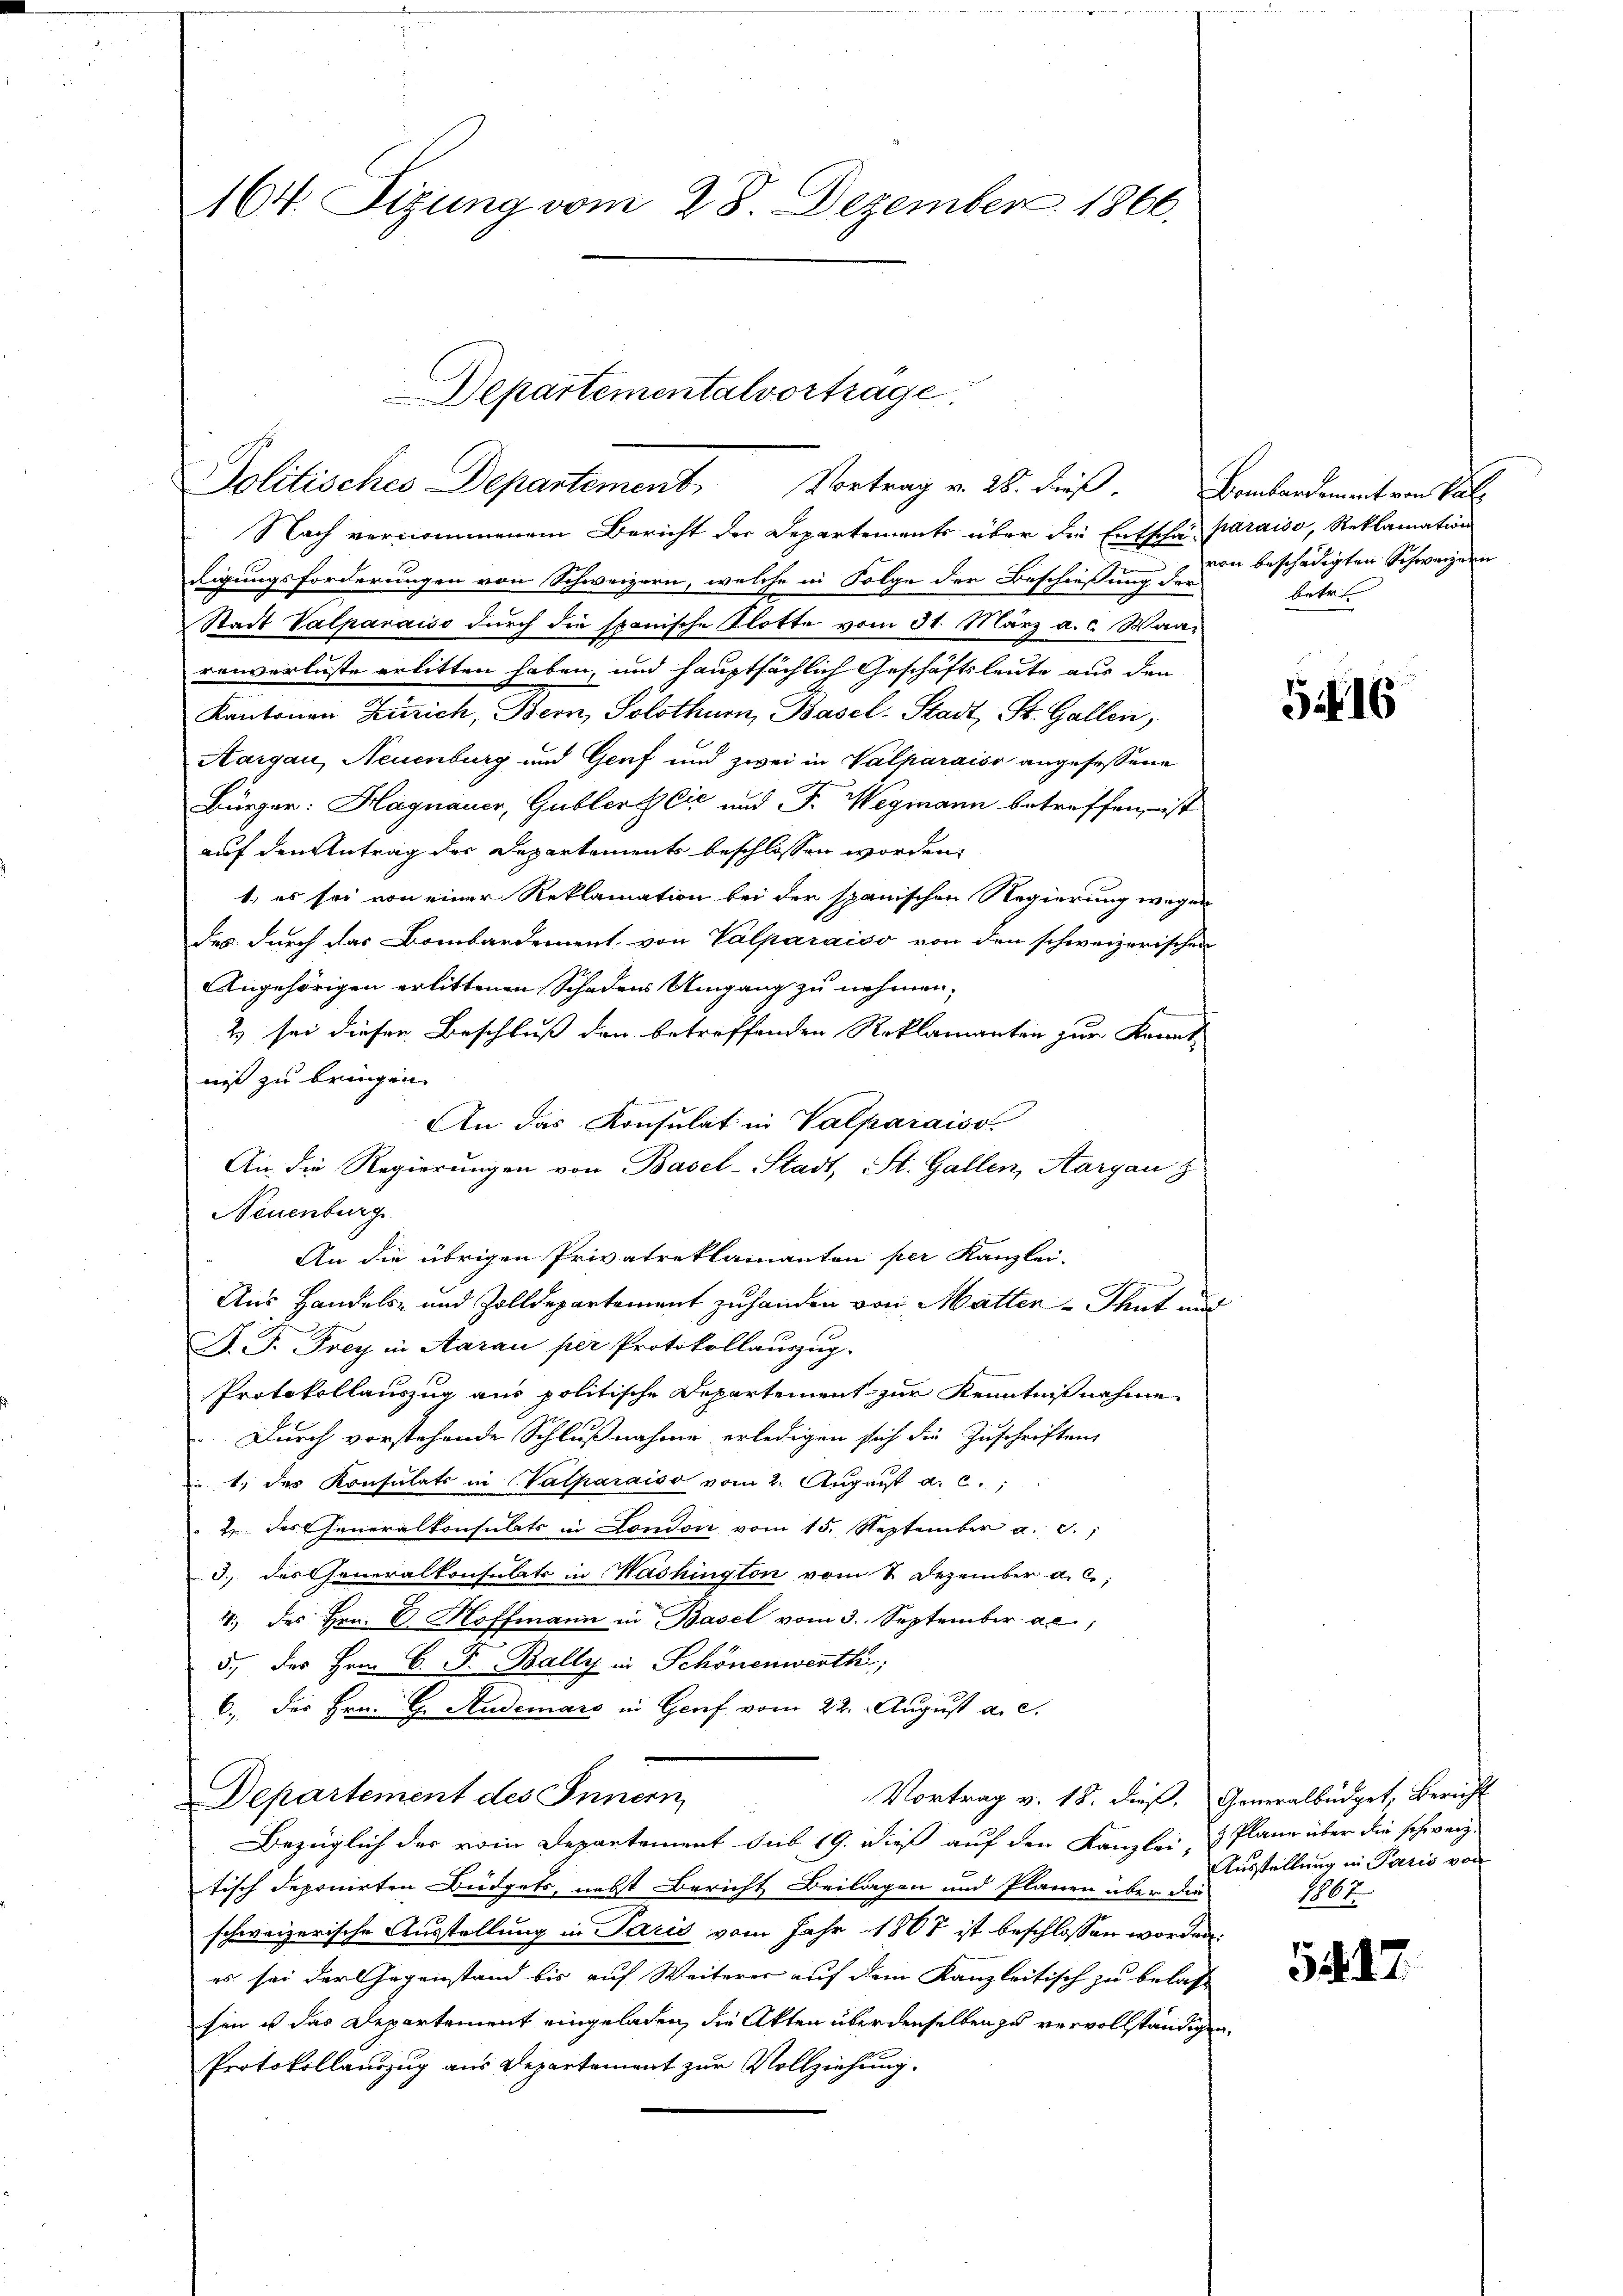
164. Sizung vom 28. Dezember 1866.

Nach vernommenem Bericht der Departements über die Entscha paraiso, Reklamation
digungsforderungen von Schweizern, welche in Folge der Beschießung & den beschädigten Schweizern
Stadt Valparaiss durch die spanische Klotte vom 31. März a. c. Waarenverluste erlitten haben, und hauptsächlich Geschäftsleute aus den
Kantonen Zürich, Bern, Solothur, Basel-Stadt, St. Gallen,
Aargau, Neuenburg und Genf und zwei in Valparaiso angefassene
Bürger: Hagnauer, Gublers Cić und J. Wegmann betreffen, ist
auf den Antrag des Departements beschlossen worden.
1. es sei von einer Reklamation bei der spanischen Regierung wegen
des durch das Bombardement von Valparaiso von den schweizerischen
Angehörigen erlittenen Schadens Umgang zu nehmen,
2) sei diesen Beschluß den betreffenden Reklamanten zur Kennt-
niß zu bringen.
An das Konsulat in Valparaiso
An die Regierungen von Basel-Stadt, St. Gallen, Aargau z
Neuenburg
An die übrigen Privatreklamanten per Kanzlei-
Aus Handels- und Zolldepartement zu handen von Matter-Thut und
F. P. Frey in Aarau per Protokollauszug.
Protokollauszug aus politische Departement zur Kenntnißnahme
Durch vorstehende Schlußnahme erledigen sich die Zuschriften
1.) des Konsulats in (Vatharaiso vom 2. August a. c.,
2 des Generalkonsulats in London vom 15. September a. c.,
3., des Generalkonsulats in Washington vom 2. Dezember a. c.,
4 des Hrn. E. Hoffmann in Basel vom 3. September al
5., des Hrn. C. F. Bally in Schönenwerth;
6.) Der Hrn. H. Studerars in Genf vom 22. August a. c.
Departement des Innern,
Vortrag v. 18. dieß. Generalbüdget, Bericht
Bezüglich des vom Departement sub 19. dieß auf den Kanzlei- & Plane über die schweiz.
tisch deponirten Büdgets, nebst Bericht Beilagen und Plänen über die
schweizerische Ausstellung in Paris vom Jahr 1807 ist beschlossen worden:
es sei der Gegenstand bis auf Weiterer auf dem Kanzleitisch zu belas-
sen ist das Departement eingeladen, die Akten über denselben zu vervollständigen,
Protokollauszug aus Departement zur Vollziehung.

Departementalvortrage
Politisches Departement Vortrag v. 28. dieβ. Bombardement von Kal

betr

516

Ausstellung in Paris von
16

54. 27.